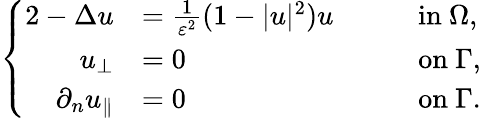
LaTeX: \left\{ \begin{array}{rlrl}{{2}-\Delta u}&{=\frac{1}{\varepsilon^{2}}(1-|u|^{2})u\quad}&&{\mathrm{in}\ \Omega,}\\ {u_{\perp}}&{=0\quad}&&{\mathrm{on}\ \Gamma,}\\ {\partial_{n}u_{\parallel}}&{=0\quad}&&{\mathrm{on}\ \Gamma.}\end{array}\right.